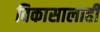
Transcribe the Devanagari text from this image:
विकासालाही